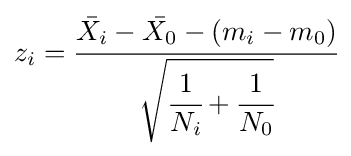
z_{i}={\cfrac {{\bar {X_{i}}}-{\bar {X_{0}}}-(m_{i}-m_{0})}{\sqrt {{\cfrac {1}{N_{i}}}+{\cfrac {1}{N_{0}}}}}}